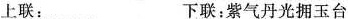
上联：........ 下联：紫气丹光拥玉台